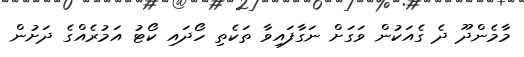
މާމެންދޫ ދެ ގެއަކުން ވަގަށް ނަގާފައިވާ ތަކެތި ހޯދައި ކޯޓު އަމުރެއްގެ ދަށުން